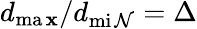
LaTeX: d_{\operatorname*{ma\mathbf{x}}}/d_{\operatorname*{mi\mathcal{N}}}=\Delta